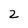
Character: 2